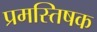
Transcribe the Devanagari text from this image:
प्रमस्तिषक